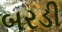
બરડી